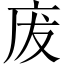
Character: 废